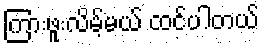
ကြားဖူးလိမ့်မယ် ထင်ပါတယ်